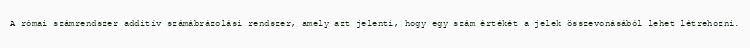
A római számrendszer additív számábrázolási rendszer, amely azt jelenti, hogy egy szám értékét a jelek összevonásából lehet létrehozni.